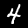
Label: 4